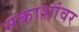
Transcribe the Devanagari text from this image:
नकाशांवर